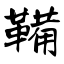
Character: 鞴